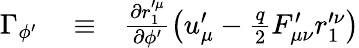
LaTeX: \begin{array}{rlr}{\Gamma_{\phi^{\prime}}}&{{}\equiv}&{\frac{\partial r_{1}^{\prime\mu}}{\partial\phi^{\prime}}\left(u_{\mu}^{\prime}-\frac{q}{2}F_{\mu\nu}^{\prime}r_{1}^{\prime\nu}\right)}\end{array}